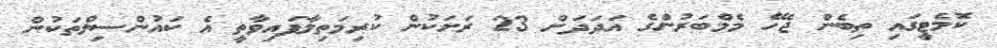
ކޮމެޓީގައި ތިބެން ޖެހޭ މެމްބަރުންގެ އަދަދަށް 23 ރަށަކުން ކުރިމަތިލާފައިވާތީ އެ ކައުންސިލްތަކުން